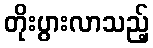
တိုးပွားလာသည့်